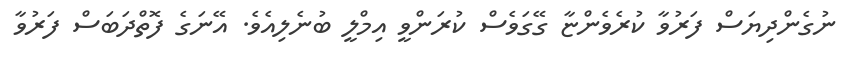
ނުގެންދިޔަސް ފަރުވާ ކުރެވެންޏާ ގޭގަވެސް ކުރަންވީ އިމްލީ ބުނެލިއެވެ. އޭނަގެ ފޮތްދަބަސް ފަރުވާ